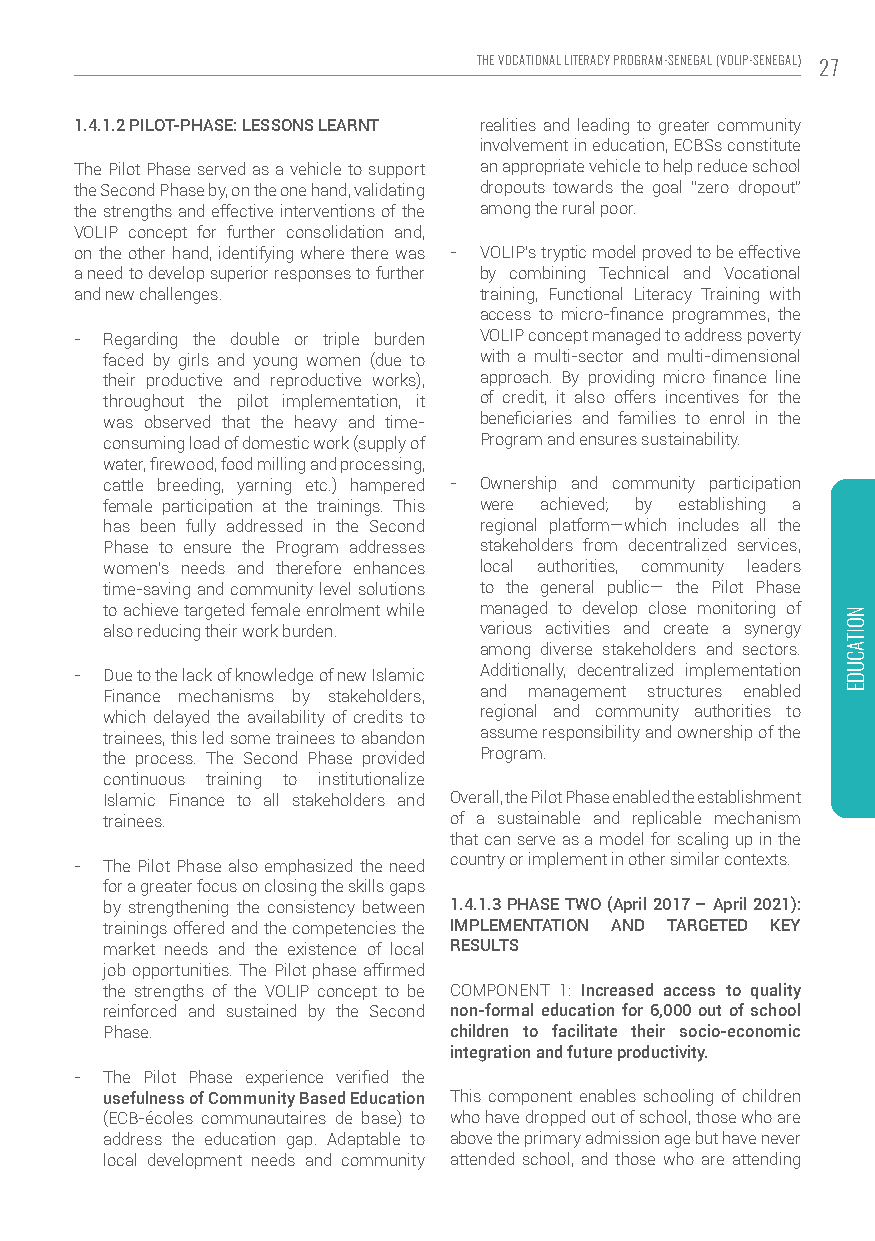
THE VOCATIONAL LITERACY PROGRAM-SENEGAL (VOLIP-SENEGAL) 27
 1.4.1.2 PILOT-PHASE: LESSONS LEARNT realities and leading to greater community
 involvement in education, ECBSs constitute
 The Pilot Phase served as a vehicle to support an appropriate vehicle to help reduce school
 the Second Phase by, on the one hand, validating dropouts towards the goal “zero dropout”
 the strengths and effective interventions of the among the rural poor.
 VOLIP concept for further consolidation and,
 on the other hand, identifying where there was - VOLIP’s tryptic model proved to be effective
 a need to develop superior responses to further by combining Technical and Vocational
 and new challenges.        training, Functional Literacy Training with
 access to micro-finance programmes, the
 - Regarding the double or triple burden VOLIP concept managed to address poverty
 faced by girls and young women (due to with a multi-sector and multi-dimensional
 their productive and reproductive works), approach. By providing micro finance line
 throughout the pilot implementation, it of credit, it also offers incentives for the
 was observed that the heavy and time- beneficiaries and families to enrol in the
 consuming load of domestic work (supply of Program and ensures sustainability.
 water, firewood, food milling and processing,
 cattle breeding, yarning etc.) hampered - Ownership and community participation
 female participation at the trainings. This were achieved; by establishing a
 has been fully addressed in the Second regional platform—which includes all the
 Phase to ensure the Program addresses stakeholders from decentralized services,
 women’s needs and therefore enhances local authorities, community leaders
 time-saving and community level solutions to the general public— the Pilot Phase
 to achieve targeted female enrolment while managed to develop close monitoring of
 also reducing their work burden. various activities and create a synergy
 among diverse stakeholders and sectors.
 - Due to the lack of knowledge of new Islamic Additionally, decentralized implementation
 Finance mechanisms by stakeholders, and management structures enabled
 which delayed the availability of credits to regional and community authorities to
 trainees, this led some trainees to abandon assume responsibility and ownership of the
 the process. The Second Phase provided Program.
 continuous training to institutionalize
 Islamic Finance to all stakeholders and Overall, the Pilot Phase enabled the establishment
 trainees.              of a sustainable and replicable mechanism
 that can serve as a model for scaling up in the
 - The Pilot Phase also emphasized the need country or implement in other similar contexts.
 for a greater focus on closing the skills gaps
 by strengthening the consistency between 1.4.1.3 PHASE TWO (April 2017 – April 2021):
 trainings offered and the competencies the IMPLEMENTATION AND TARGETED KEY
 market needs and the existence of local RESULTS
 job opportunities. The Pilot phase affirmed
 the strengths of the VOLIP concept to be COMPONENT 1: Increased access to quality
 reinforced and sustained by the Second non-formal education for 6,000 out of school
 Phase.                 children to facilitate their socio-economic
 integration and future productivity.
 - The Pilot Phase experience verified the
 usefulness of Community Based Education This component enables schooling of children
 (ECB-écoles communautaires de base) to who have dropped out of school, those who are
 address the education gap. Adaptable to above the primary admission age but have never
 local development needs and community attended school, and those who are attending
 NOITACUDE